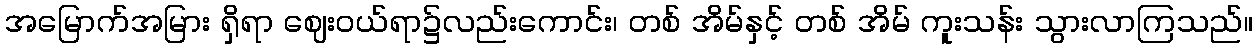
အမြောက်အမြား ရှိရာ ဈေးဝယ်ရာ၌လည်းကောင်း၊ တစ် အိမ်နှင့် တစ် အိမ် ကူးသန်း သွားလာကြသည်။